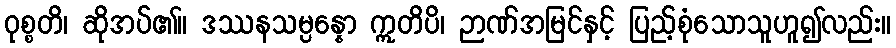
ဝုစ္စတိ၊ ဆိုအပ်၏။ ဒဿနသမ္ပန္နော ဣတိပိ၊ ဉာဏ်အမြင်နှင့် ပြည့်စုံသောသူဟူ၍လည်း။